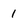
Character: 1